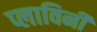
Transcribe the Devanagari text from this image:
प्लाविनी